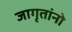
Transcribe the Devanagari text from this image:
जागृतांनो